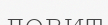
ловит